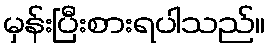
မှန်းပြီးစားရပါသည်။